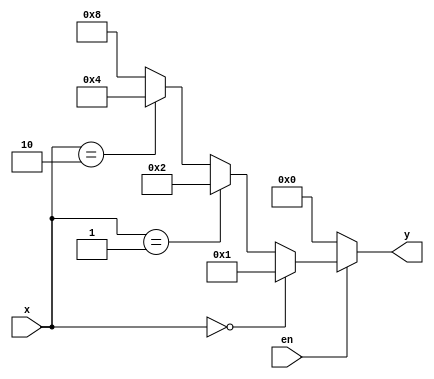
module decoder(
    input [1:0]x,
    input en,
    output [3:0]y
);

assign y = (~en) ? 4'b0000 :
            (x == 2'b00) ? 4'b0001 :
            (x == 2'b01) ? 4'b0010 :
            (x == 2'b10) ? 4'b0100 : 4'b1000;
endmodule